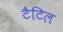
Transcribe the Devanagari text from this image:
टैटिल